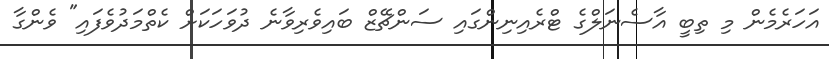
އަހަރެމެން މި ތިބީ އާސެނަލްގެ ޓްރެއިނިންގައި ސަންޗޭޒް ބައިވެރިވާނެ ދުވަހަކަށް ކެތްމަދުވެފައި" ވެންގާ